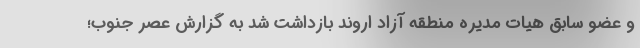
و عضو سابق هیات مدیره منطقه آزاد اروند بازداشت شد به گزارش عصر جنوب؛